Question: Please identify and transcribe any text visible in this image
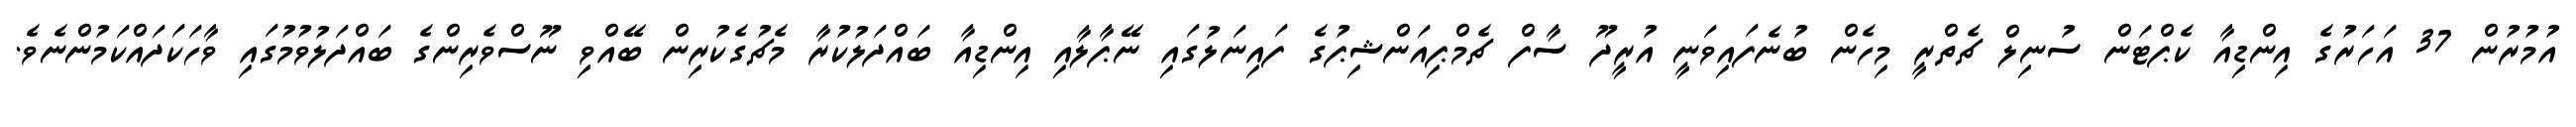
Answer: އުމުރުން 37 އަހަރުގެ އިންޑިއާ ކެޕްޓަން ސުނިލް ޗެތްރީ މިހެން ބުނެފައިވަނީ އުރީދޫ ސާފް ޗެމްޕިއަންޝިޕުގެ ފައިނަލުގައި ނޭޕާލާއި އިންޑިއާ ބައްދަލުކުރާ މެޗުގެކުރިން ބޭއްވި ނޫސްވެރިންގެ ބައްދަލުވުމުގައި ވާހަކަދައްކަމުންނެވެ.